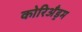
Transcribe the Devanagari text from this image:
कोरिअँड्रम